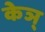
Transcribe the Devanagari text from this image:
केञ्